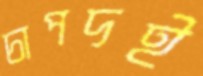
চাপদই